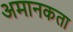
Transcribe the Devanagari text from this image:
अमानकता